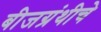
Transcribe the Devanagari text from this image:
बीजग्रंथीचे